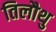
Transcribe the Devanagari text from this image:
तिलौथु